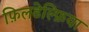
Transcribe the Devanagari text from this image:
फ़िलडेल्फ़िया